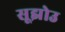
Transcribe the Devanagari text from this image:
सूझोउ